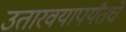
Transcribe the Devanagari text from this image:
उतारवयापर्यंतचे